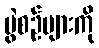
ပွဲစဉ်များကို